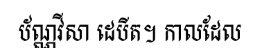
ប័ណ្ណវីសា ដេបីត។ កាលដែល